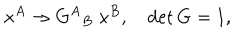
LaTeX: x ^ { A } \rightarrow { G ^ { A } } _ { B } \; x ^ { B } , \quad \det G = 1 ,